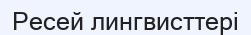
Ресей лингвисттері